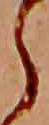
ら